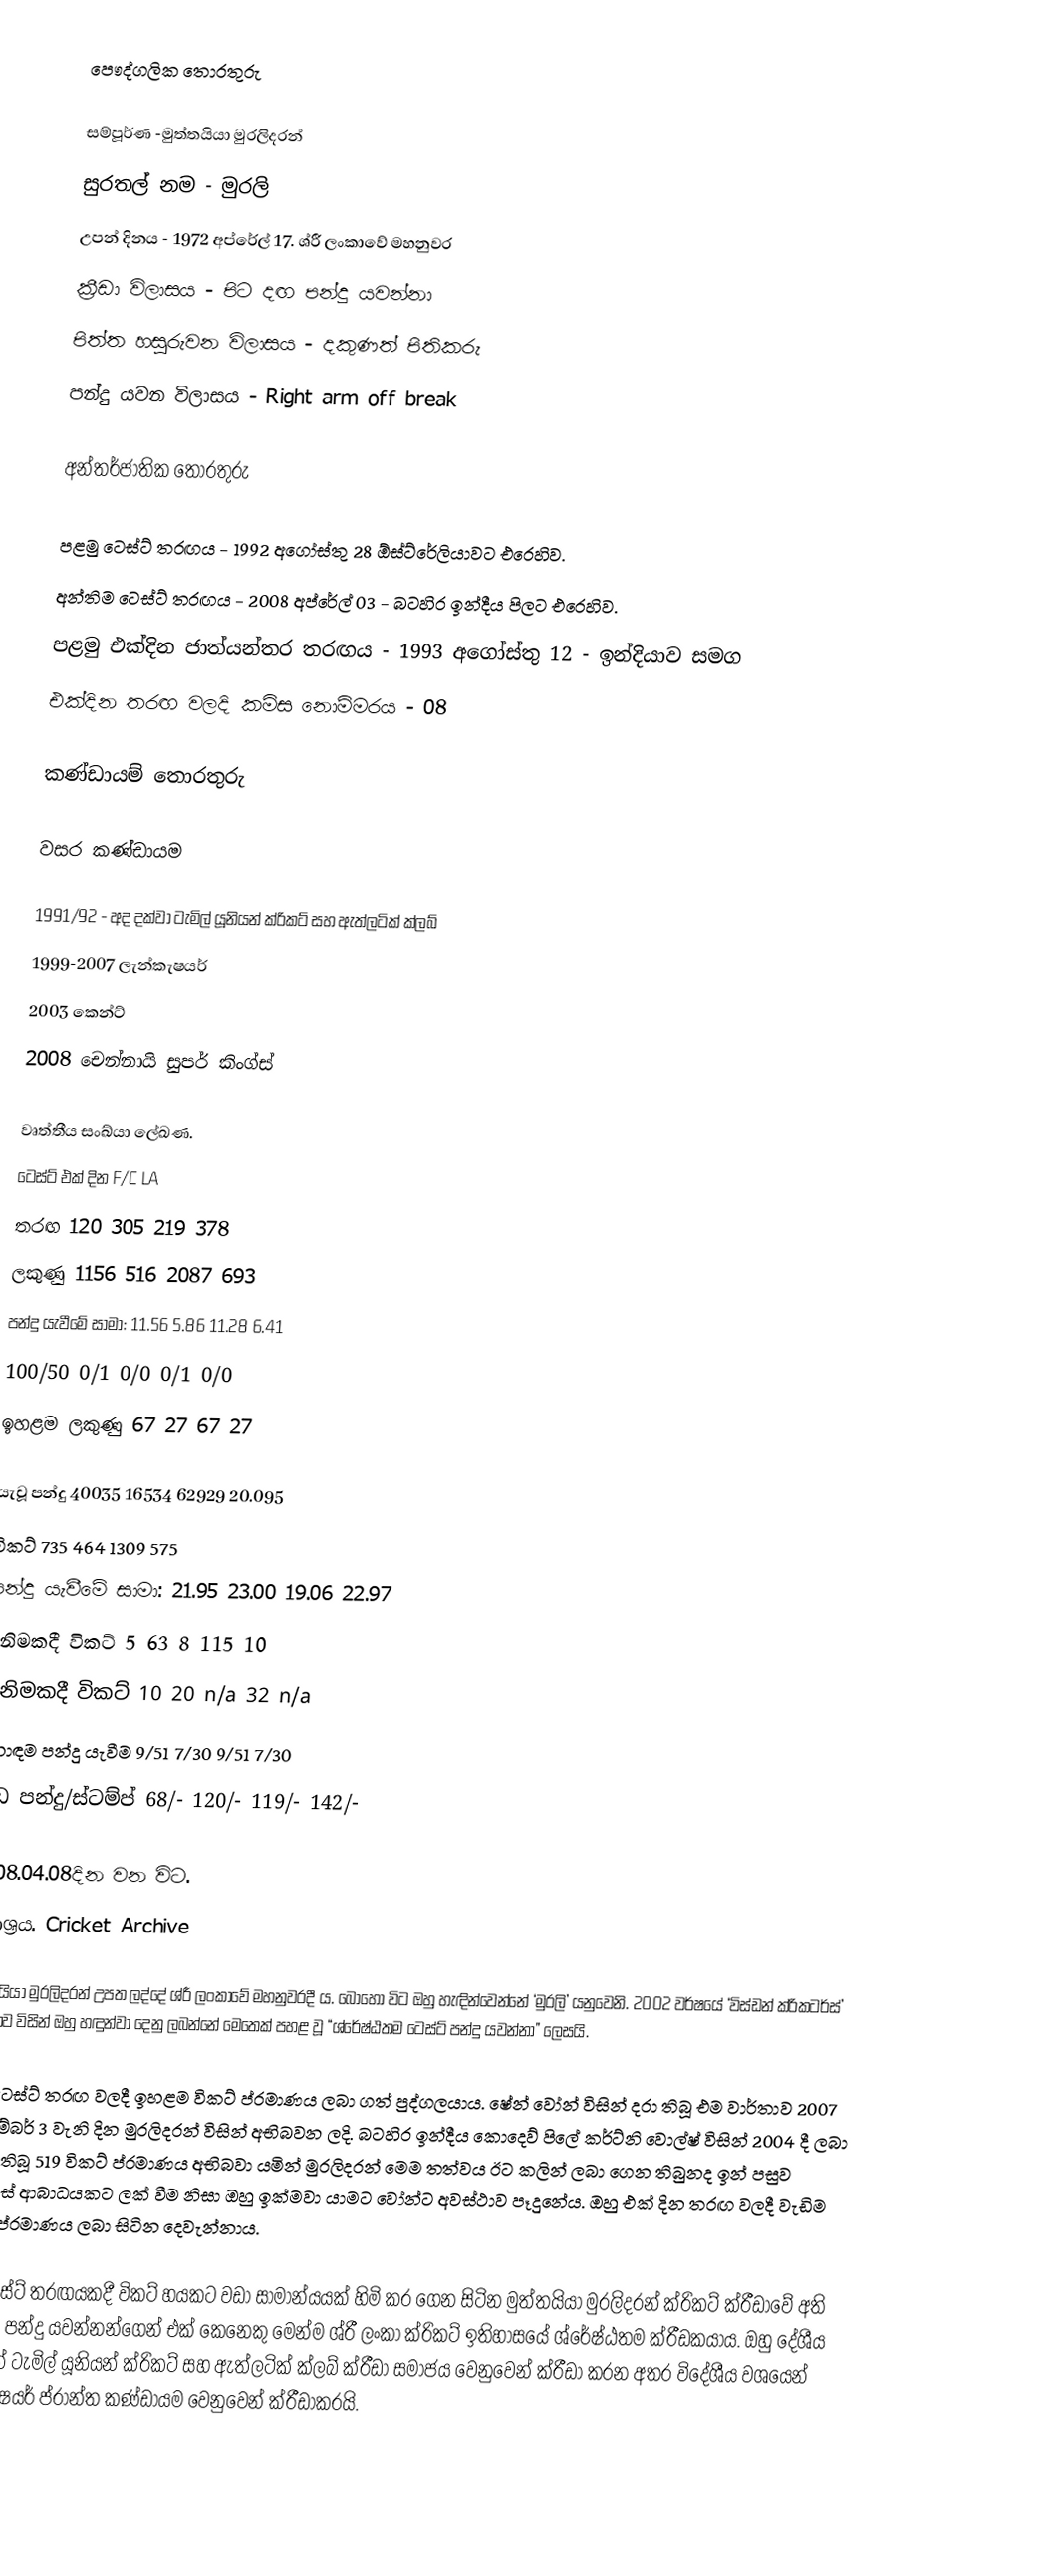
පෞද්ගලික තොරතුරු

සම්පූර්ණ 	-මුත්තයියා මුරලිදරන්
සුරතල් නම	-	මුරලි
උපන් දිනය	                     -	1972 අප්රේල් 17. ශ්රී ලංකාවේ මහනුවර
ක්‍රීඩා විලාසය	                     -	පිට දඟ පන්දු යවන්නා
පිත්ත හසුරුවන විලාසය	-	දකුණත් පිතිකරු
පන්දු යවන විලාසය	-	Right arm off break

අන්තර්ජාතික තොරතුරු

පළමු ටෙස්ට් තරඟය	                     -	        1992 අගෝස්තු 28 ඕස්ට්රේලියාවට එරෙහිව.
අන්තිම ටෙස්ට් තරඟය	                     -	        2008 අප්රේල් 03 - බටහිර ඉන්දීය පිලට එරෙහිව.
පළමු එක්දින ජාත්යන්තර තරඟය	-	        1993 අගෝස්තු 12 - ඉන්දියාව සමග
එක්දින තරඟ වලදි කමිස නොම්මරය	-	        08

කණ්ඩායම් තොරතුරු

වසර	                            කණ්ඩායම

1991/92 - අද දක්වා	      ටැමිල් යූනියන් ක්රිකට් සහ ඇත්ලටික් ක්ලබ්
1999-2007	  ලැන්කැෂයර්
2003	          කෙන්ට්
2008	          චෙන්නායි සුපර් කිංග්ස්

වෘත්තීය සංඛ්යා ලේඛණ.
	        ටෙස්ට්		එක් දින	F/C		LA
තරඟ              	120		305	219	378
ලකුණු 	                      1156	        516	2087	693
පන්දු යැවීමේ සාමා:	11.56	5.86	11.28	6.41
                100/50	0/1		0/0	0/1	0/0
ඉහළම ලකුණු	67		27	67	27

යැවූ පන්දු	                     40035	16534	62929	20.095
විකට්	                      735		464	1309	575
පන්දු යැවීමේ සාමා:	21.95	23.00	19.06	22.97
ඉනිමකදී විකට් 5	63		8	115	10
 ඉනිමකදී විකට් 10	20		n/a	32	n/a
හොඳම පන්දු යැවීම	9/51	7/30	9/51	7/30
උඩ පන්දු/ස්ටම්ප්	68/-		120/-	119/-	142/-

  2008.04.08දින වන විට.
මූලාශ්‍රය.    Cricket Archive

මුත්තයියා මුරලිදරන් උපත ලද්දේ ශ්රී ලංකාවේ මහනුවරදී ය. බොහෝ විට ඔහු හැඳින්වෙන්නේ ‘මුරලි’ යනුවෙනි. 2002 වර්ෂයේ ‘විස්ඩන් ක්රිකටර්ස්’ සඟරාව විසින් ඔහු හඳුන්වා දෙනු ලබන්නේ මෙතෙක් පහළ වූ “ශ්රේෂ්ඨතම ටෙස්ට් පන්දු යවන්නා” ලෙසයි.

ඔහු ටෙස්ට් තරඟ වලදී ඉහළම විකට් ප්රමාණය ලබා ගත් පුද්ගලයාය. ෂේන් වෝන් විසින් දරා තිබූ එම වාර්තාව 2007 දෙසැම්බර් 3 වැනි දින මුරලිදරන් විසින් අභිබවන ලදි. බටහිර ඉන්දීය කොදෙව් පිලේ කර්ට්නි වොල්ෂ් විසින් 2004  දී ලබා ගෙන තිබූ 519 විකට් ප්රමාණය අභිබවා යමින් මුරලිදරන් මෙම තත්වය ඊට කලින් ලබා ගෙන තිබුනද ඉන් පසුව උරහිසේ ආබාධයකට ලක් වීම නිසා ඔහු ඉක්මවා යාමට වෝන්ට අවස්ථාව පෑදුනේය. ඔහු එක් දින තරඟ වලදී වැඩිම විකට් ප්රමාණය ලබා සිටින දෙවැන්නාය.

එක් ටෙස්ට් තරඟයකදී විකට් හයකට වඩා සාමාන්යයක් හිමි කර ගෙන සිටින මුත්තයියා මුරලිදරන් ක්රිකට් ක්රීඩාවේ අති සාර්ථක පන්දු යවන්නන්ගෙන් එක් කෙනෙකු මෙන්ම ශ්රී ලංකා ක්රිකට් ඉතිහාසයේ  ශ්රේෂ්ඨතම ක්රීඩකයාය. ඔහු දේශීය වශයෙන් ටැමිල් යූනියන් ක්රිකට් සහ ඇත්ලටික් ක්ලබ් ක්රීඩා සමාජය වෙනුවෙන් ක්රීඩා කරන අතර විදේශීය වශයෙන් ලැන්කැෂයර් ප්රාන්ත කණ්ඩායම වෙනුවෙන් ක්රීඩාකරයි.

මුර